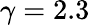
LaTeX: \gamma=2.3